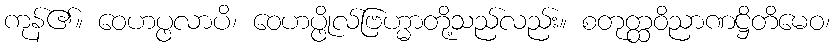
ကုန်၏။ ဝေဟပ္ဖလာပိ၊ ဝေဟပ္ဖိုလ်ဗြဟ္မာတို့သည်လည်း။ စတုတ္ထဝိညာဏဋ္ဌိတိမေဝ၊